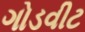
ગોડવીટ